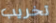
تخريب